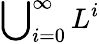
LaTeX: \sideset{}{_{i=0}^{\infty}}\bigcup L^{i}